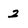
Character: 2